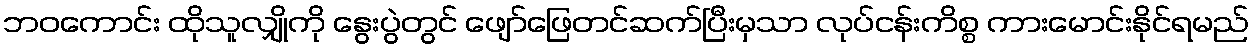
ဘဝကောင်း ထိုသူလျှိုကို နွေးပွဲတွင် ဖျော်ဖြေတင်ဆက်ပြီးမှသာ လုပ်ငန်းကိစ္စ ကားမောင်းနိုင်ရမည်